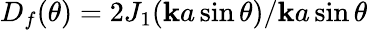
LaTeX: D_{f}(\theta)=2J_{1}(\mathbf{k}a\sin\theta)/\mathbf{k}a\sin\theta